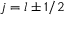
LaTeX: j = l \pm 1 / 2